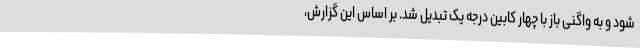
شود و به واگنی باز با چهار کابین درجه یک تبدیل شد. بر اساس این گزارش،